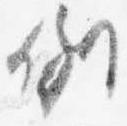
例